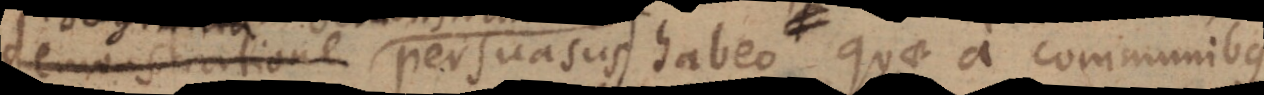
demonstratione persuasus quae a communibus